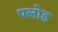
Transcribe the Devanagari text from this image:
पलोड